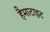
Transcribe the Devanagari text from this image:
हैमाटाइट